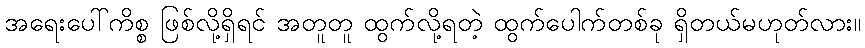
အရေးပေါ်ကိစ္စ ဖြစ်လို့ရှိရင် အတူတူ ထွက်လို့ရတဲ့ ထွက်ပေါက်တစ်ခု ရှိတယ်မဟုတ်လား။